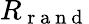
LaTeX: R_{\mathrm{~r~a~n~d~}}